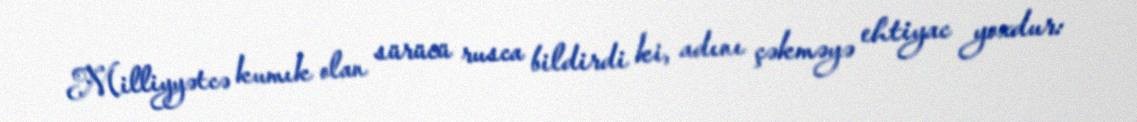
Milliyyətcə kumık olan sürücü rusca bildirdi ki, adını çəkməyə ehtiyac yoxdur: